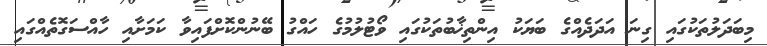
މިބަދަލުތަކުގައި ގިނަ އަދަދެއްގެ ބަޔަކު އިންތިޚާބުތަކުގައި ވޯޓުލުމުގެ ހައްގު ބޭނުންކޮށްފައިވާ ކަމަށާއި ހާއްސަގޮތެއްގައި